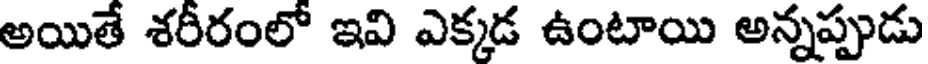
అయితే శరీరంలో ఇవి ఎక్కడ ఉంటాయి అన్నప్పుడు